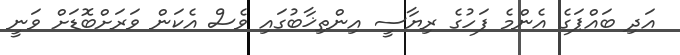
އަދި ބައްޕަގެ އެންމެ ފަހުގެ ރިޔާސީ އިންތިޚާބުގައި ވެސް އެކަން ވަރަށްބޮޑަށް ވަނީ